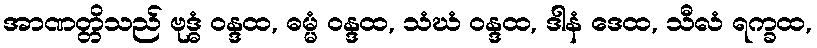
အာဏတ္တိသည် ဗုဒ္ဓံ ဝန္ဒထ, ဓမ္မံ ဝန္ဒထ, သံဃံ ဝန္ဒထ, ဒါနံ ဒေထ, သီလံ ရက္ခထ,